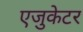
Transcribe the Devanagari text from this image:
एजुकेटर